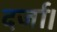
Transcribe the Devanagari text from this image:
दर्जा।